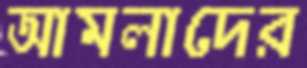
আমলাদের